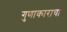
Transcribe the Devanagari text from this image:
गुणाकाराचा